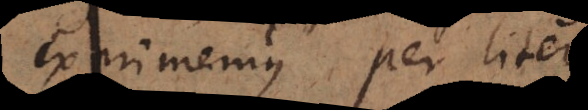
exprimemus per literam